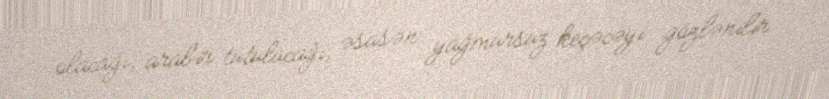
olacağı, arabir tutulacağı, əsasən yağmursuz keçəcəyi gözlənilir.